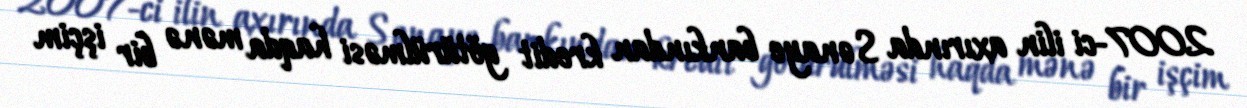
2007-ci ilin axırında Sənaye bankından kredit götürülməsi haqda mənə bir işçim